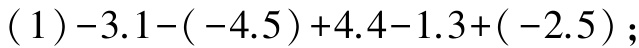
(1)$-3.1-(-4.5)+4.4-1.3+(-2.5)$；